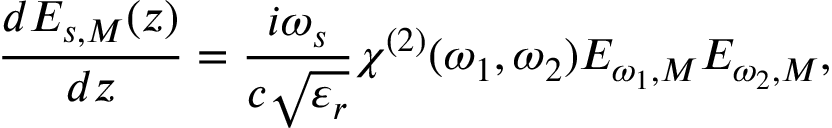
\frac { d E _ { s , M } ( z ) } { d z } = \frac { i \omega _ { s } } { c \sqrt { \varepsilon _ { r } } } \chi ^ { ( 2 ) } ( \omega _ { 1 } , \omega _ { 2 } ) E _ { \omega _ { 1 } , M } E _ { \omega _ { 2 } , M } ,